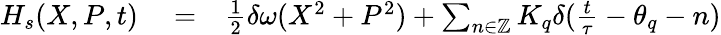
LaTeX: \begin{array}{rlr}{H_{s}(X,P,t)}&{{}=}&{\frac{1}{2}\delta\omega(X^{2}+P^{2})+\sum_{n\in\mathbb{Z}}K_{q}\delta(\frac{t}{\tau}-\theta_{q}-n)}\end{array}